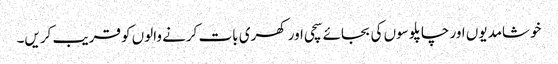
خوشامدیوں اور چاپلوسوں کی بجائے سچی اور کھری بات کرنے والوں کو قریب کریں۔